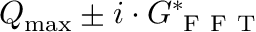
Q _ { \operatorname* { m a x } } \pm i \cdot G _ { \mathrm { ~ F ~ F ~ T ~ } } ^ { * }